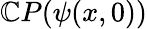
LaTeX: \mathbb{C}{P}(\psi(x,0))